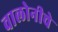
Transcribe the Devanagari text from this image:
वालोनीचे